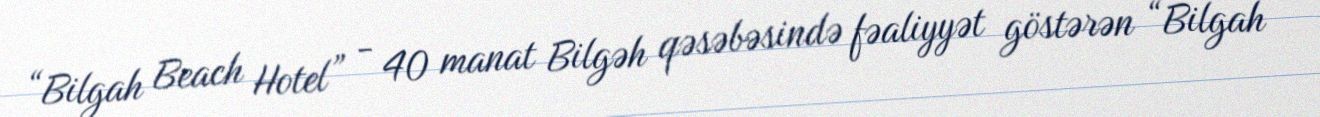
“Bilgah Beach Hotel” - 40 manat Bilgəh qəsəbəsində fəaliyyət göstərən “Bilgah